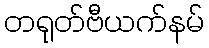
တရုတ်ဗီယက်နမ်